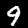
Digit: 9